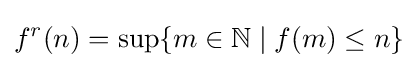
f^{r}(n)=\sup\{m\in \mathbb {N} \mid f(m)\leq n\}